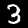
Digit: 3